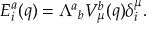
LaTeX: E _ { i } ^ { a } ( q ) = { \Lambda ^ { a } } _ { b } V _ { \mu } ^ { b } ( q ) \delta _ { i } ^ { \mu } .